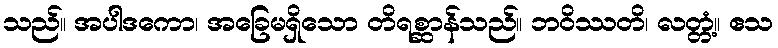
သည်။ အပါဒကော၊ အခြေမရှိသော တိရစ္ဆာန်သည်။ ဘဝိဿတိ၊ လတ္တံ့။ ဧသ